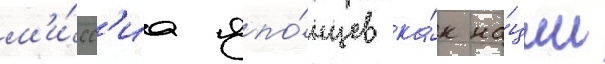
м'и́сс'иа япо́нцев ка́к на́ции